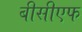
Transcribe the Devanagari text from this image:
बीसीएफ